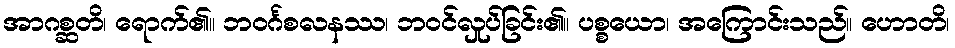
အာဂစ္ဆတိ၊ ရောက်၏။ ဘဝင်္ဂစလနဿ၊ ဘဝင်လှုပ်ခြင်း၏။ ပစ္စယော၊ အကြောင်းသည်။ ဟောတိ၊